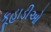
કૂહાડીઓ